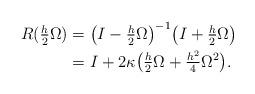
LaTeX: \begin{align*} \begin{aligned} R(\tfrac{h}{2} \Omega) &= \big( I - \tfrac{h}{2} \Omega \big)^{-1} \big( I + \tfrac{h}{2} \Omega \big) \\ &= I + 2 \kappa \big( \tfrac{h}{2} \Omega + \tfrac{h^2}{4} \Omega^2 \big).\end{aligned}\end{align*}